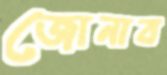
জোনাব